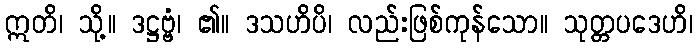
ဣတိ၊ သို့။ ဒဋ္ဌဗ္ဗံ၊ ၏။ ဒသဟိပိ၊ လည်းဖြစ်ကုန်သော။ သုတ္တပဒေဟိ၊